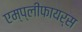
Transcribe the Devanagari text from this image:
एम्प्लीफायर्स